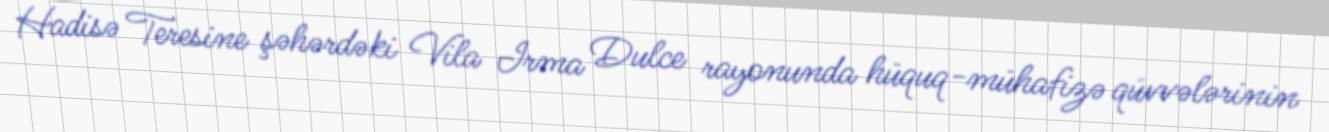
Hadisə Teresine şəhərdəki Vila Irma Dulce rayonunda hüquq-mühafizə qüvvələrinin